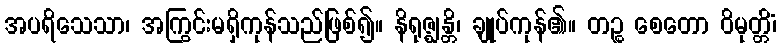
အပရိသေသာ၊ အကြွင်းမရှိကုန်သည်ဖြစ်၍။ နိရုဇ္ဈန္တိ၊ ချုပ်ကုန်၏။ တဉ္စ စေတော ဝိမုတ္တိံ၊